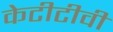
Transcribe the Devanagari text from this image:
केटीटीवी